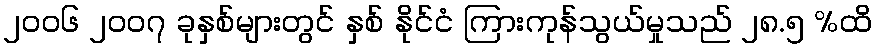
၂၀၀၆ ၂၀၀၇ ခုနှစ်များတွင် နှစ် နိုင်ငံ ကြားကုန်သွယ်မှုသည် ၂၈.၅ %ထိ